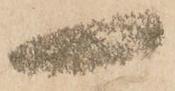
一